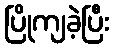
ပြိုကျခဲ့ပြီး